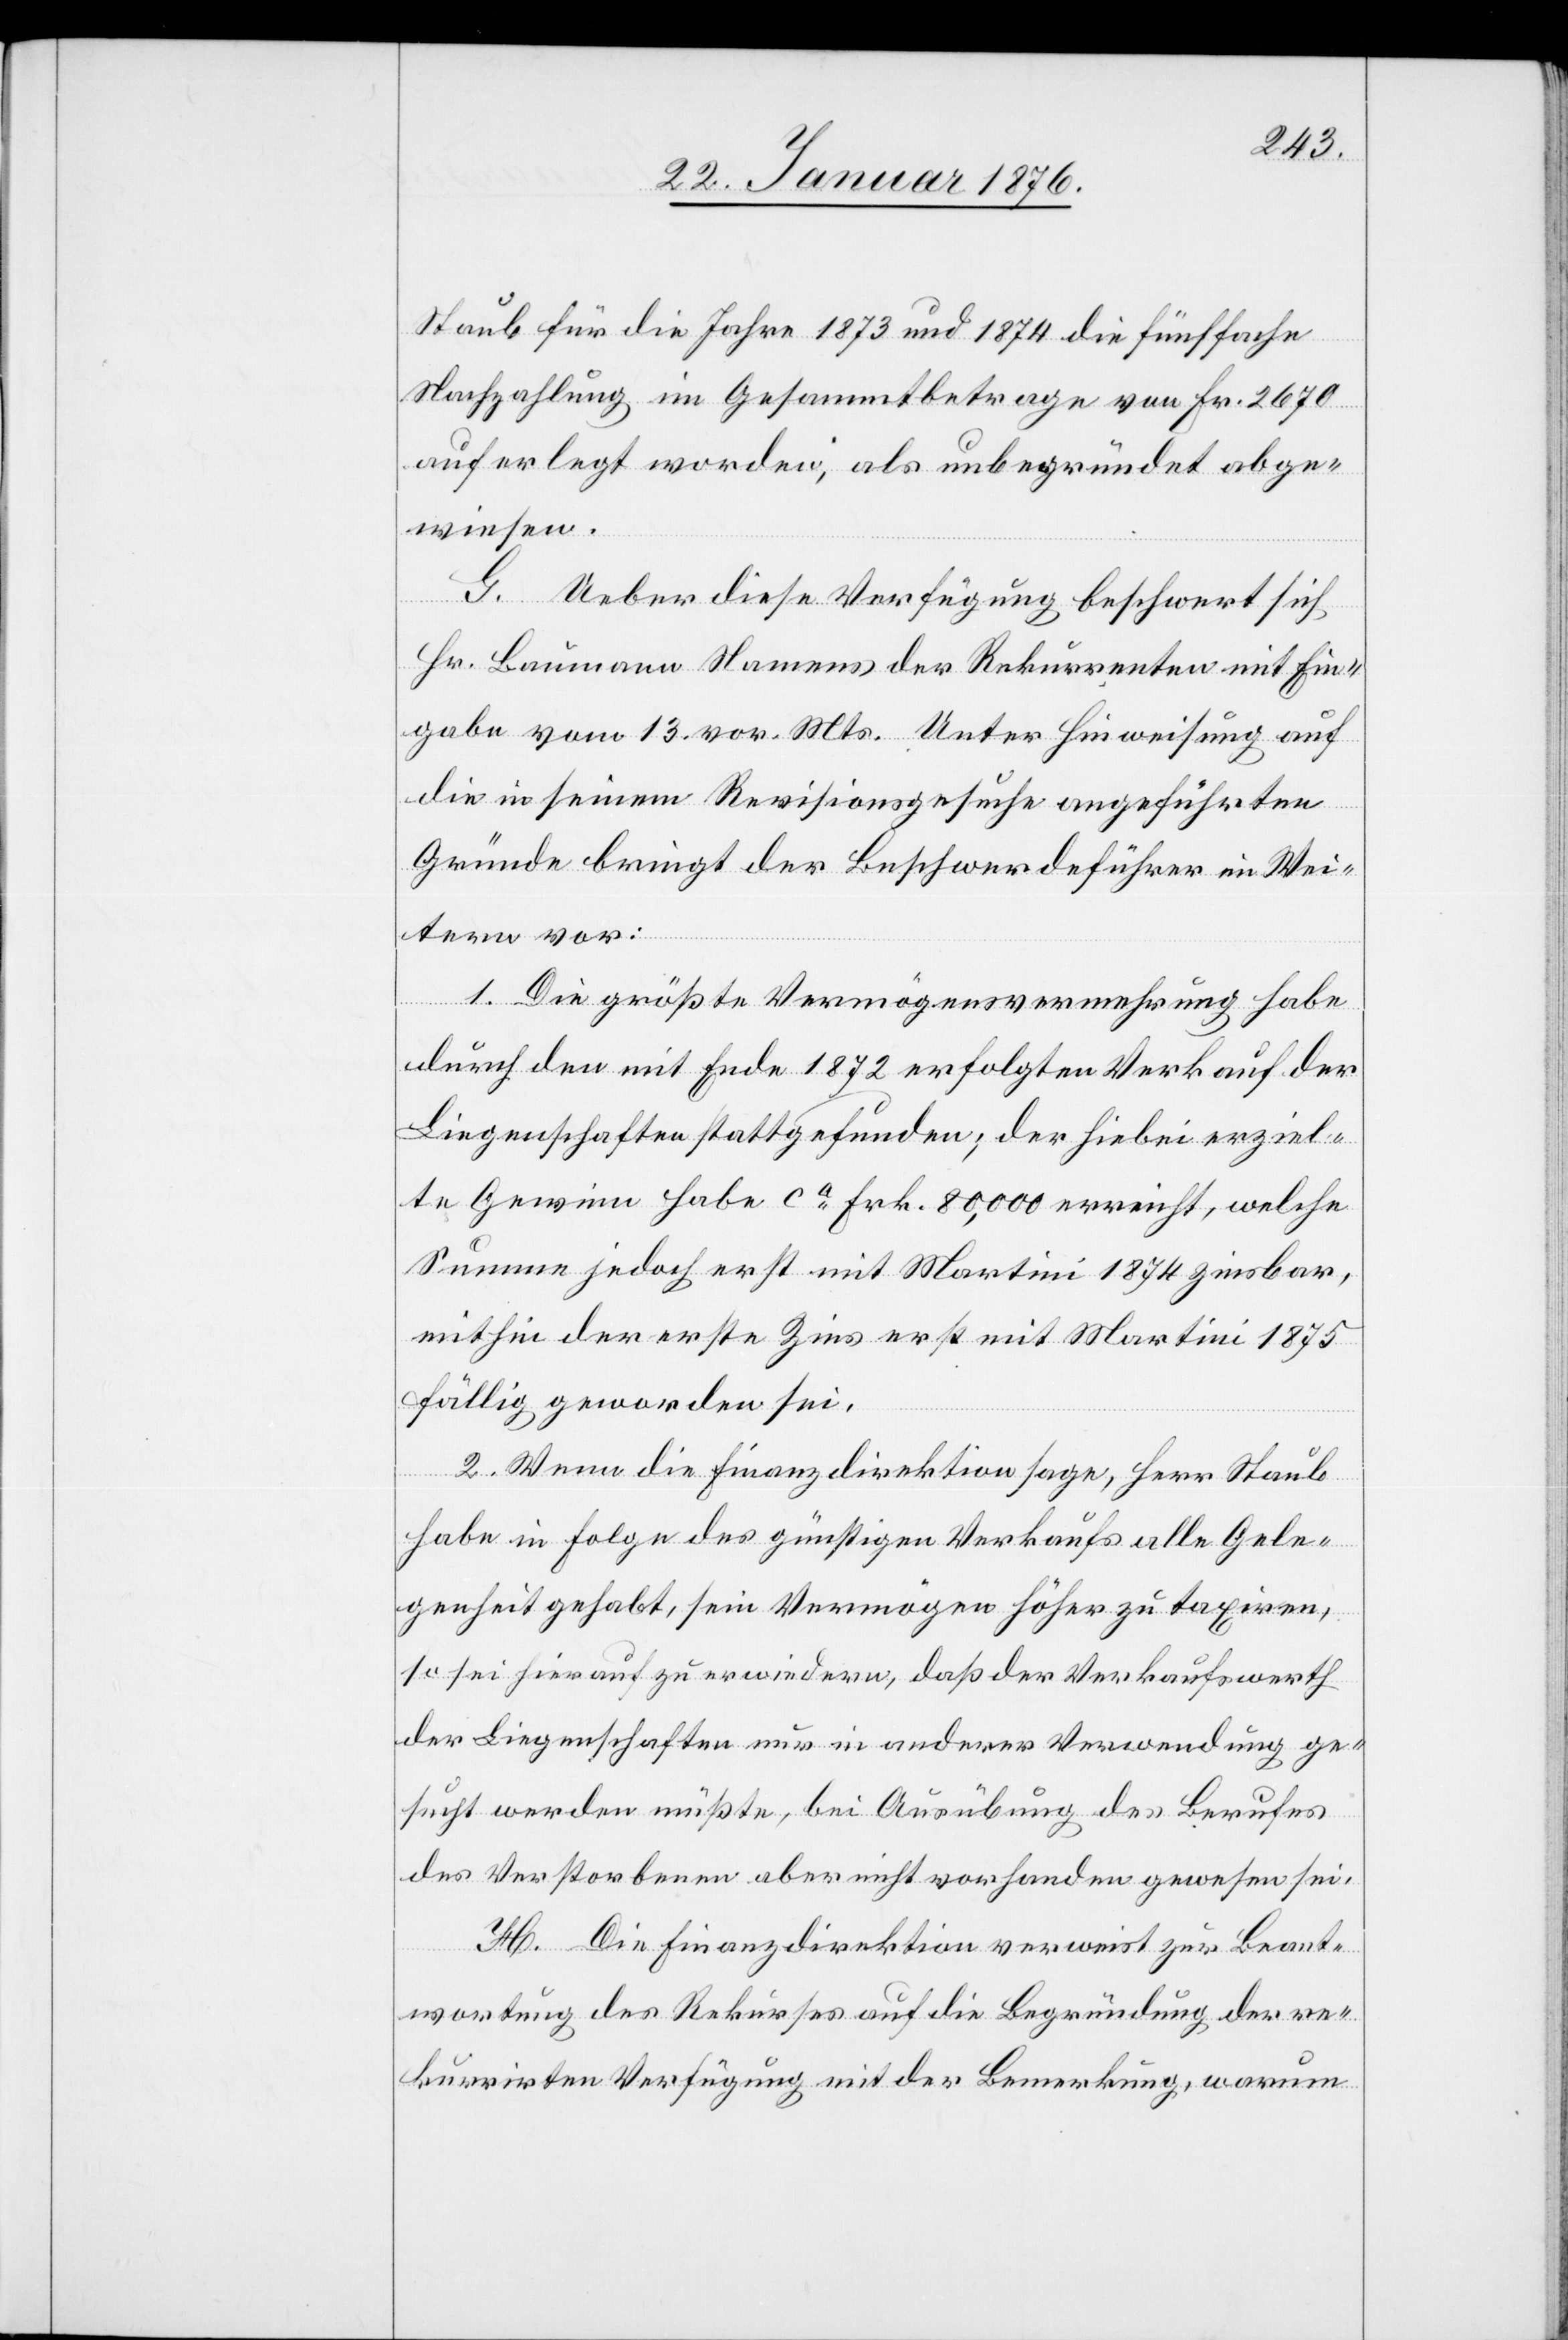
Staub für die Jahre 1873 und 1874 die fünffache
Nachzahlung im Gesammtbetrage von Fr. 2670
auferlegt worden; als unbegründet abge¬
wiesen.
G. Ueber diese Verfügung beschwert sich
Hr. Baumann Namens der Rekurrenten mit Ein¬
gabe vom 13. vor. Mts. Unter Hinweisung auf
die in seinem Revisionsgesuche angeführten
Gründe bringt der Beschwerdeführer im Wei¬
tern vor:
1. Die größte Vermögensvermehrung habe
durch den mit Ende 1872 erfolgten Verkauf der
Liegenschaften stattgefunden; der hiebei erziel¬
te Gewinn habe ca. Frk. 80,000 erreicht, welche
Summe jedoch erst mit Martini 1874 zinsbar,
mithin der erste Zins erst mit Martini 1875
fällig geworden sei.
2. Wenn die Finanzdirektion sage, Herr Staub
habe in Folge des günstigen Verkaufs alle Gele¬
genheit gehabt, sein Vermögen höher zu taxiren,
so sei hierauf zu erwiedern, daß der Verkaufswerth
der Liegenschaften nur in anderer Verwendung ge¬
sucht werden müßte, bei Ausübung des Berufes
des Verstorbenen aber nicht vorhanden gewesen sei.
H. Die Finanzdirektion verweist zur Beant¬
wortung des Rekurses auf die Begründung der re¬
kurrirten Verfügung mit der Bemerkung, warum